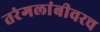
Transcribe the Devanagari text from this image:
तरंगलांबीवरच